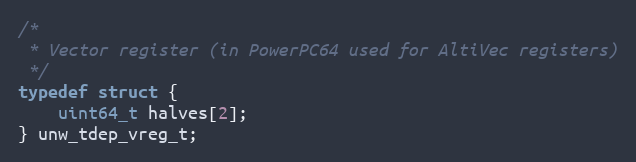
Language: C
/*
 * Vector register (in PowerPC64 used for AltiVec registers)
 */
typedef struct {
    uint64_t halves[2];
} unw_tdep_vreg_t;